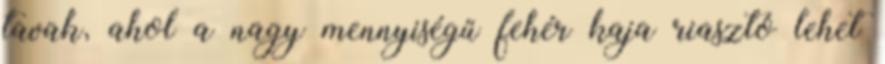
tavak, ahol a nagy mennyiségű fehér kaja riasztó lehet